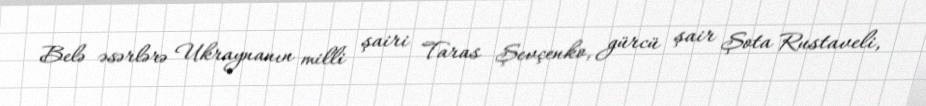
Belə əsərlərə Ukraynanın milli şairi Taras Şevçenko, gürcü şair Şota Rustaveli,